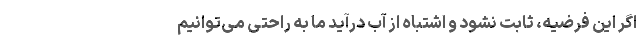
اگر این فرضیه، ثابت نشود و اشتباه از آب درآید ما به راحتی می‌توانیم